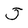
Character: J